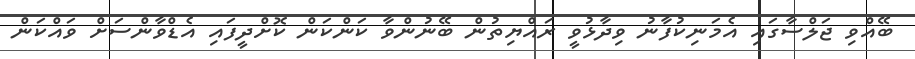
ބޭއްވި ޖަލްސާގައި އެމަނިކުފާނު ވިދާޅުވީ ރައްޔިތުން ބޭނުންވާ ކަންކަން ކޮށްދީފައި އެޑްވާންސަށް ވައްކަން